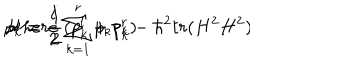
LaTeX: { \cal H } = \frac { i } { 2 } \sum _ { k = 1 } ^ { r } p _ { k } p _ { k } - \hbar ^ { 2 } t r ( H ^ { 2 } H ^ { 2 } ) \hspace { 0 . 7 c m } , \hspace { 0 . 7 c m } { \mathrm { w } h e r e } \hspace { 0 . 5 c m } p _ { k } = \frac { 1 } { 2 } ( p _ { k } ^ { l } + p _ { k } ^ { r } )